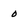
Character: 0